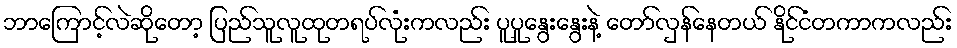
ဘာကြောင့်လဲဆိုတော့ ပြည်သူလူထုတရပ်လုံးကလည်း ပူပူနွေးနွေးနဲ့ တော်လှန်နေတယ် နိုင်ငံတကာကလည်း